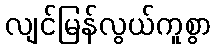
လျင်မြန်လွယ်ကူစွာ